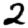
Digit: 2